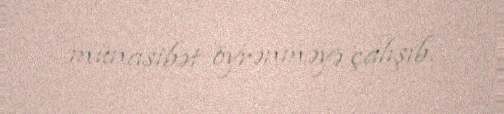
münasibət öyrənməyə çalışıb.